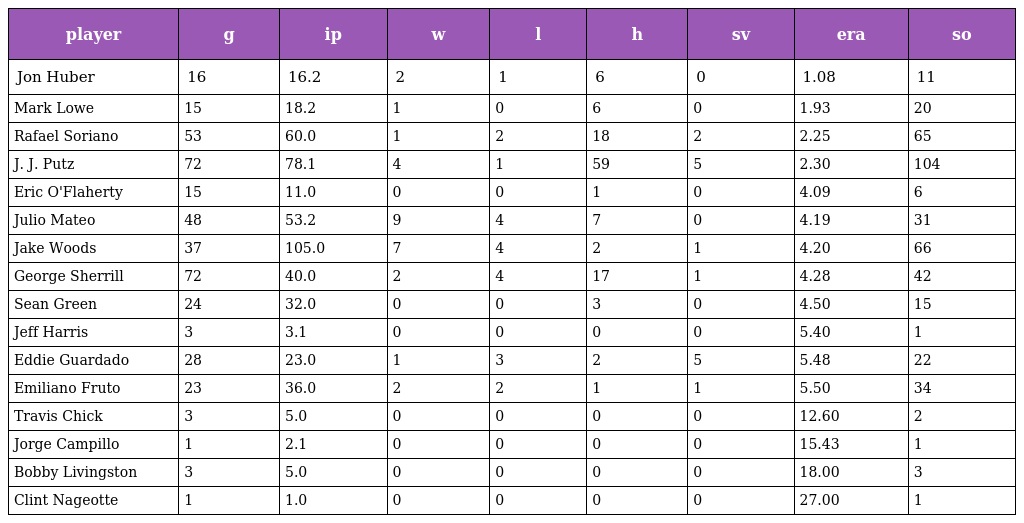
| player | g | ip | w | l | h | sv | era | so |
 | --- | --- | --- | --- | --- | --- | --- | --- | --- |
 | Jon Huber | 16 | 16.2 | 2 | 1 | 6 | 0 | 1.08 | 11 |
 | Mark Lowe | 15 | 18.2 | 1 | 0 | 6 | 0 | 1.93 | 20 |
 | Rafael Soriano | 53 | 60.0 | 1 | 2 | 18 | 2 | 2.25 | 65 |
 | J. J. Putz | 72 | 78.1 | 4 | 1 | 59 | 5 | 2.30 | 104 |
 | Eric O'Flaherty | 15 | 11.0 | 0 | 0 | 1 | 0 | 4.09 | 6 |
 | Julio Mateo | 48 | 53.2 | 9 | 4 | 7 | 0 | 4.19 | 31 |
 | Jake Woods | 37 | 105.0 | 7 | 4 | 2 | 1 | 4.20 | 66 |
 | George Sherrill | 72 | 40.0 | 2 | 4 | 17 | 1 | 4.28 | 42 |
 | Sean Green | 24 | 32.0 | 0 | 0 | 3 | 0 | 4.50 | 15 |
 | Jeff Harris | 3 | 3.1 | 0 | 0 | 0 | 0 | 5.40 | 1 |
 | Eddie Guardado | 28 | 23.0 | 1 | 3 | 2 | 5 | 5.48 | 22 |
 | Emiliano Fruto | 23 | 36.0 | 2 | 2 | 1 | 1 | 5.50 | 34 |
 | Travis Chick | 3 | 5.0 | 0 | 0 | 0 | 0 | 12.60 | 2 |
 | Jorge Campillo | 1 | 2.1 | 0 | 0 | 0 | 0 | 15.43 | 1 |
 | Bobby Livingston | 3 | 5.0 | 0 | 0 | 0 | 0 | 18.00 | 3 |
 | Clint Nageotte | 1 | 1.0 | 0 | 0 | 0 | 0 | 27.00 | 1 |